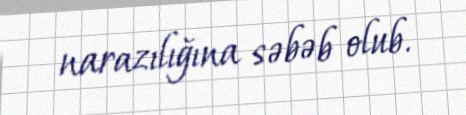
narazılığına səbəb olub.